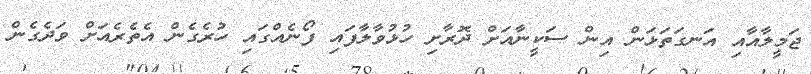
ޖަމީލާއާއި އަނގަތަޅަން އިން ސަކީނާއަށް ދޮރާށި ހުޅުވާލާފައި ފޯނެއްގައި ހުރެގެން އެތެރެއަށް ވަދެގެން